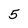
Character: 5